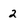
Character: 2